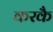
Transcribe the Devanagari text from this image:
करकै